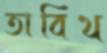
তাবিথ